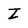
Character: Z